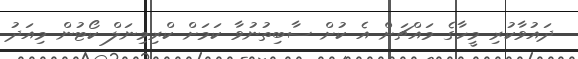
ދައުވާކުރި މީހާގެ މައްޗަށް އެ ކުށް ސާބިތުނުވާ ކަމަށް ކްރިމިނަލް ކޯޓުން މިއަދު